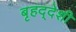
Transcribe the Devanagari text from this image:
बृहद्‌देशी